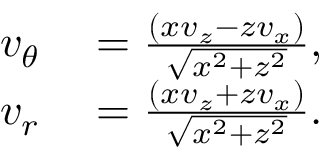
\begin{array} { r l } { v _ { \theta } } & { { } = \frac { ( { x v _ { z } } - { z v _ { x } } ) } { \sqrt { x ^ { 2 } + z ^ { 2 } } } , } \\ { v _ { r } } & { { } = \frac { ( { x v _ { z } } + { z v _ { x } } ) } { \sqrt { x ^ { 2 } + z ^ { 2 } } } . } \end{array}